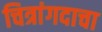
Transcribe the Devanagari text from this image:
चित्रांगदाचा